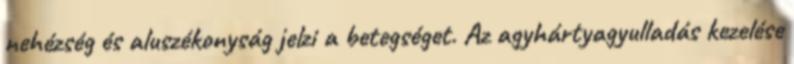
nehézség és aluszékonyság jelzi a betegséget. Az agyhártyagyulladás kezelése